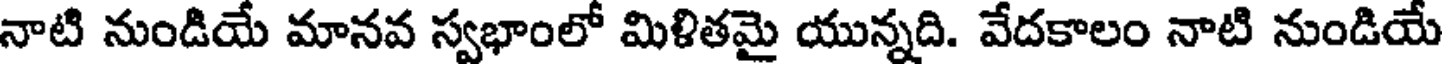
నాటి నుండియే మానవ స్వభాంలో మిళితమై యున్నది. వేదకాలం నాటి నుండియే